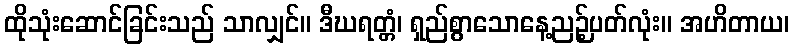
ထိုသုံးဆောင်ခြင်းသည် သာလျှင်။ ဒီဃရတ္တံ၊ ရှည်စွာသောနေ့ညဉ့်ပတ်လုံး။ အဟိတာယ၊